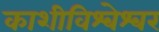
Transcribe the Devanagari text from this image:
काशीविश्‍वेश्‍वर